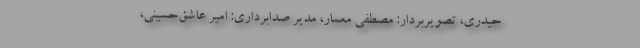
حیدری، تصویربردار: مصطفی معمار، مدیر صدابرداری: امیر عاشق‌حسینی،